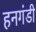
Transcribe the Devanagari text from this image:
हनगंडी